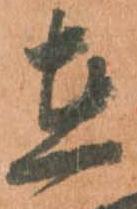
在